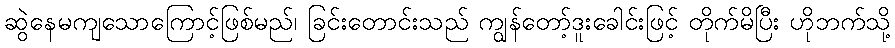
ဆွဲနေမကျသောကြောင့်ဖြစ်မည်၊ ခြင်းတောင်းသည် ကျွန်တော့်ဒူးခေါင်းဖြင့် တိုက်မိပြီး ဟိုဘက်သို့